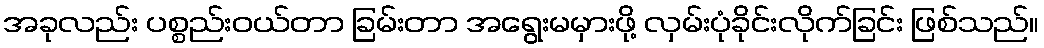
အခုလည်း ပစ္စည်းဝယ်တာ ခြမ်းတာ အရွေးမမှားဖို့ လှမ်းပုံခိုင်းလိုက်ခြင်း ဖြစ်သည်။